Report on the cultivation and use of ganja
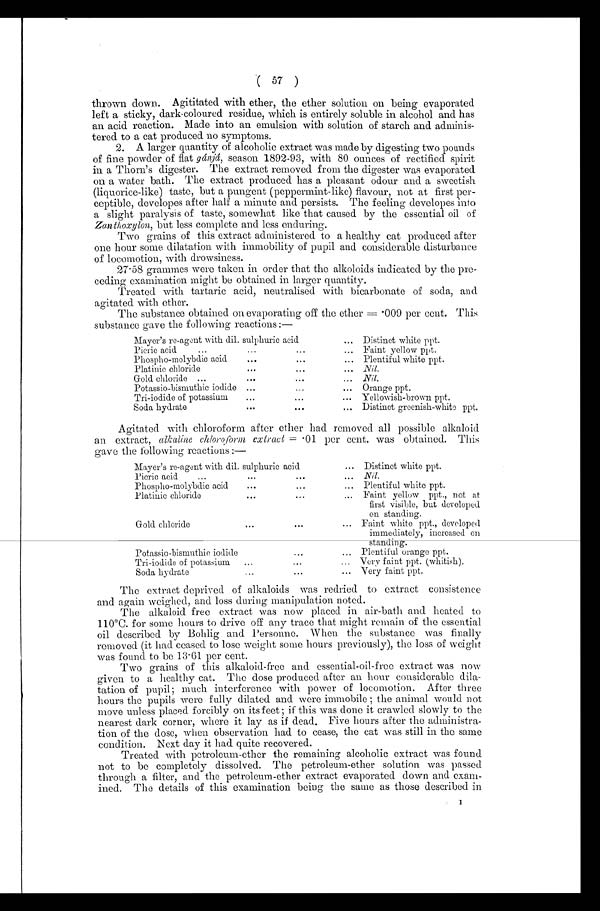
( 57 )
thrown down. Agititated with ether, the ether solution on being evaporated
left a sticky, dark-coloured residue, which is entirely soluble in alcohol and has
an acid reaction. Made into an emulsion with solution of starch and adminis--
tered to a cat produced no symptoms.
2. A larger quantity of alcoholic extract was made by digesting two pounds
of fine powder of flat gánjá, season 1892-93, with 80 ounces of rectified spirit
in a Thorn's digester. The extract removed from the digester was evaporated
on a water bath. The extract produced has a pleasant odour and a sweetish
(liquorice-like) taste, but a pungent (peppermint-like) flavour, not at first per
-ceptible, developes after half a minute and persists. The feeling developes into
a slight paralysis of taste, somewhat like that caused by the essential oil of
Zanthoxylon, but less complete and less enduring.
Two grains of this extract administered to a healthy cat produced after
One hour some dilatation with immobility of pupil and considerable disturbance
of locomotion, with drowsiness.
27.58 grammes were taken in order that the alkoloids indicated by the pre
-ceding examination might be obtained in larger quantity.
Treated with tartaric acid, neutralised with bicarbonate of soda, and
agitated with ether.
The substance obtained on evaporating off the ether =.009 per cent. This
substance gave the following reactions:—
Mayer's re-agent with dil. sulphuric acid
... Distinct white ppt.
...
Picric acid
...
...
... Faint yellow ppt.
Phospho-molybdic acid
...
...
... Plentiful white ppt.
Platinic chloride
...
...
. . . . . Nil.
Gold chloride ...
...
...
• • •
Nil.
.
Potassio-bismuthic iodide .... .
... Orange ppt.
Tri-iodide of potassium.
...
...
... Yellowish-brown ppt.
Soda hydrate
•••
...
... Distinct greenish-white ppt.
Agitated with chloroform after ether had removed all possible alkaloid
an extract, alkaline chloroform extract=. 01 per cent. was obtained. This
gave the following reactions
Mayer's re-agent with dil. sulphuric acid
... Distinct white ppt.
Picric acid...
• .. ... Nil..
Phospho-molybdic acid
...
...
... Plentiful white ppt.
Platinic chloride
...
...
... Faint yellow ppt., not at
first visible, but developed
on standing.
Gold chloride
...
...
... Faint white ppt., developed
immediately, increased on
standing.
Potassio-bismuthic iodide
...
... Plentiful orange ppt.
Tri-iodide of potassium
...
...
... Very faint ppt. (whitish),
Soda hydrate ...
...
...
Very faint ppt.
The extract deprived of alkaloids was redried to extract consistence
and again weighed, and loss during manipulation noted.
The alkaloid free extract was now placed in air-bath and heated to
110°C. for some hours to drive off any trace that might remain of the essential
oil described by Bohlig and Personne. When the substance was finally
removed (it had ceased to lose weight some hours previously), the loss of weight
was found to be 13 . 61 per cent.
Two grains of this alkaloid-free and essential-oil-free extract was now
given to a healthy cat. The dose produced after an hour considerable dila--
tation of pupil; much interference with power of locomotion. After three
hours the pupils were fully dilated and were immobile; the animal would not
move unless placed forcibly on its feet; if this was done it crawled slowly to the
nearest dark corner, where it lay as if dead. Five hours after the administra-
- t i o n o f t h e d o s e , w h e n o b s e r v a t i o n h a d t o c e a s e , t h e c a t w a s s t i l l i n t h e s a m e
condition. Next day it had quite recovered.
Treated with petroleum-ether the remaining alcoholic extract was found
not to be completely dissolved. The petroleum-ether solution was passed
through a filter, and the petroleum-ether extract evaporated down and exam
- i n e d . T h e d e t a i l s o f t h i s e x a m i n a t i o n b e i n g t h e s a m e a s t h o s e d e s c r i b e d i n